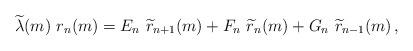
LaTeX: \begin{align*}\widetilde{\lambda}(m)\ r_n(m)=E_{n}\ \widetilde{r}_{n+1}(m) +F_n\ \widetilde{r}_{n}(m) +G_n\ \widetilde{r}_{n-1}(m) \,,\end{align*}